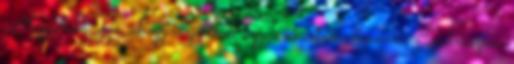
Alapjában véve, ahogy idejöttem, úgy is akartam elmenni. Emlékszem